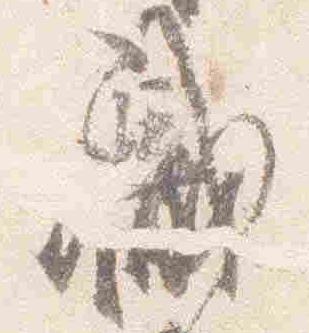
職